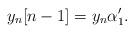
LaTeX: \begin{align*} y_n[n-1] = y_n \alpha_1'.\end{align*}